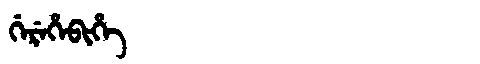
Manchu: ᡤᡝᡵᡝᡥᡝᠪᡳᡥᡝ
Romanization: GEREHEBIHE